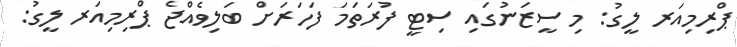
ޕްރިމިއަރ ލީގު: މި ސީޒަނުގައި ސިޓީ ފުރަތަމަ ފަހަރަށް ބަލިވެއްޖެ ޕްރިމިއަރ ލީގު: